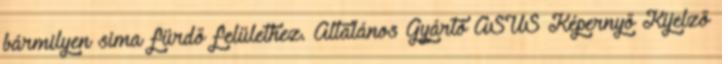
bármilyen sima fürdő felülethez. Általános Gyártó ASUS Képernyő Kijelző